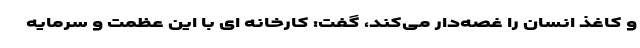
و کاغذ انسان را غصه‌دار می‌کند، گفت: کارخانه ای با این عظمت و سرمایه